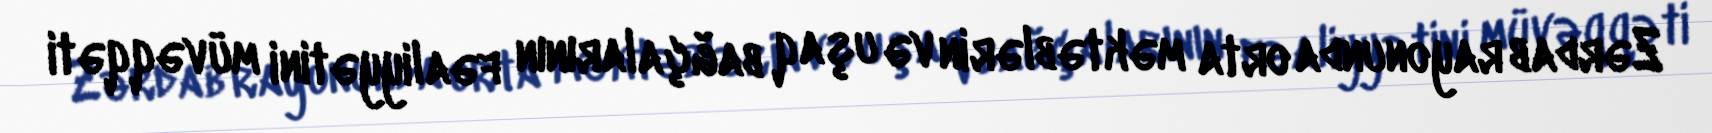
Zərdab rayonunda orta məktəblərin və uşaq bağçalarının fəaliyyətini müvəqqəti